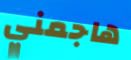
هاجمني